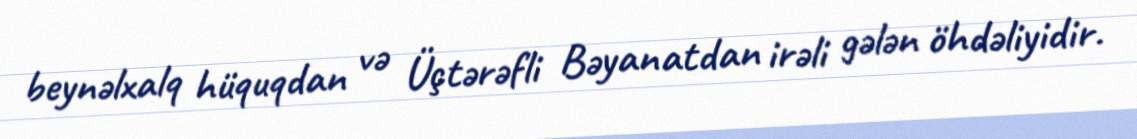
beynəlxalq hüquqdan və Üçtərəfli Bəyanatdan irəli gələn öhdəliyidir.